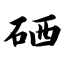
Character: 硒